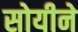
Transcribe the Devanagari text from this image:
सोयीने